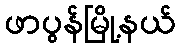
ဖာပွန်မြို့နယ်